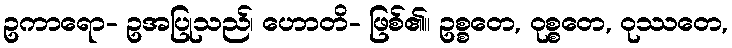
ဥကာရော- ဥအပြုသည်၊ ဟောတိ- ဖြစ်၏။ ဥစ္စတေ, ဝုစ္စတေ, ဝုဿတေ,